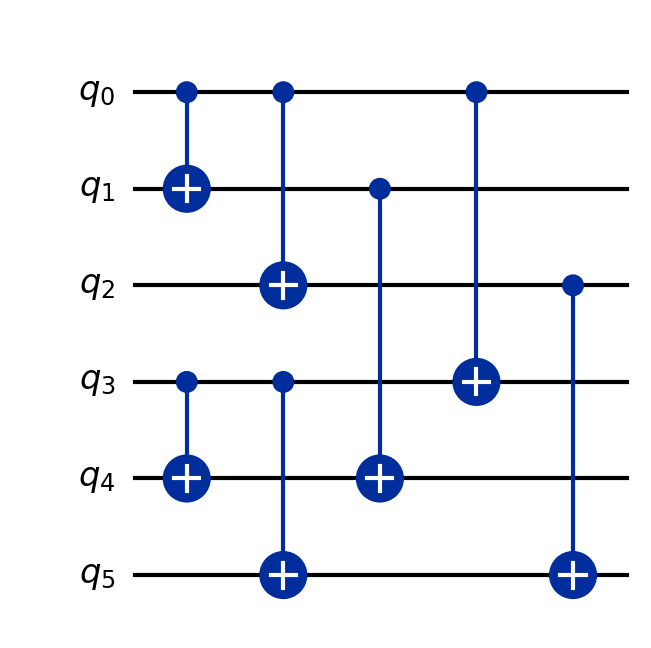
Description: Transversal logical CNOT between two 3-qubit codes
描述: 两个3量子比特码之间的横向逻辑CNOT
Category: error_correction (difficulty: advanced)
Qubits: 6, circuit depth: 3

Braket implementation:
from braket.circuits import Circuit
circuit = Circuit()
circuit.cnot(0, 1).cnot(0, 2)
circuit.cnot(3, 4).cnot(3, 5)
circuit.cnot(0, 3).cnot(1, 4).cnot(2, 5)

Qiskit implementation:
from qiskit import QuantumCircuit
circuit = QuantumCircuit(6)
circuit.cx(0, 1).cx(0, 2)
circuit.cx(3, 4).cx(3, 5)
circuit.cx(0, 3).cx(1, 4).cx(2, 5)